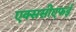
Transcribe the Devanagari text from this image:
एक्ससीएफई